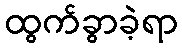
ထွက်ခွာခဲ့ရာ